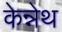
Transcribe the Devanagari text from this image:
केन्नेथ